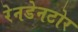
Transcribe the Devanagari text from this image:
रेनडेनटोर